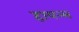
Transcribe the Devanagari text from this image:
हायन्स